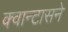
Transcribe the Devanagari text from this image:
क्वान्टासने